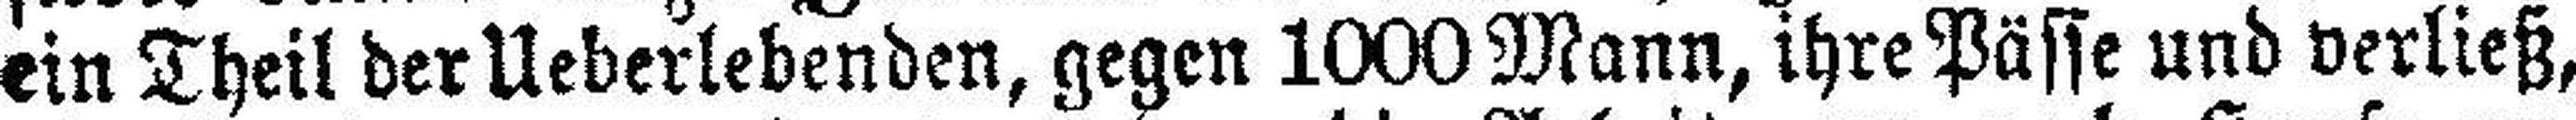
ein Theil der Ueberlebenden, gegen 1000 Mann, ihre Pässe und verließ,